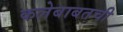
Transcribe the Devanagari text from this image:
कलेबाबतची